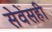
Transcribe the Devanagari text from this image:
सेवेसही